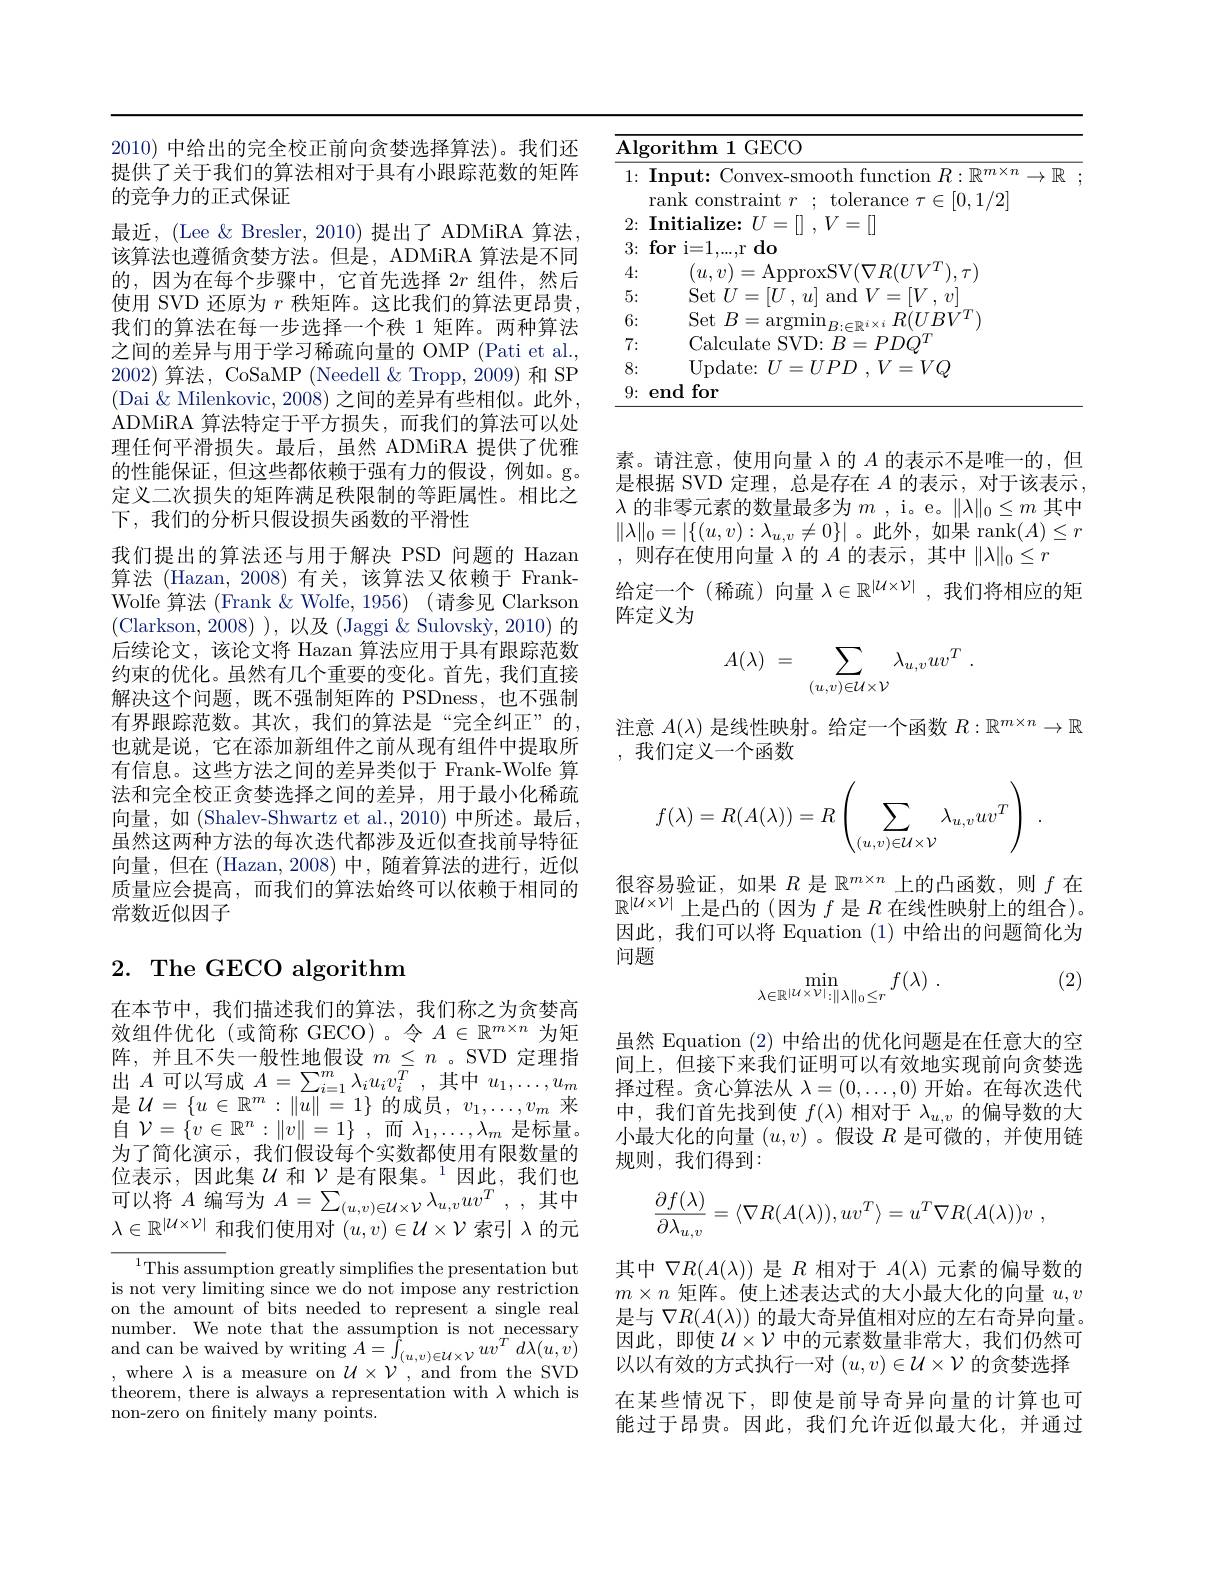
2010)中给出的完全校正前向贪婪选择算法)。我们还提供了关于我们的算法相对于具有小跟踪范数的矩阵的竞争力的正式保证
最近，(Lee & Bresler, 2010) 提出了 ADMiRA 算法该算法也遵循贪婪方法。但是，ADMiRA 算法是不同的，因为在每个步骤中，它首先选择$2r$组件，然后使用 SVD 还原为$r$秩矩阵。这比我们的算法更昂贵， 我们的算法在每一步选择一个秩 1 矩阵。两种算法之间的差异与用于学习稀疏向量的 OMP (Pati et al., 2002)算法，CoSaMP (Needell& Tropp, 2009) 和 SP (Dai $\&$ Milenkovic, 2008) 之间的差异有些相似。此外， ADMiRA 算法特定于平方损失，而我们的算法可以处理任何平滑损失。最后，虽然 ADMiRA 提供了优雅的性能保证，但这些都依赖于强有力的假设，例如。g。定义二次损失的矩阵满足秩限制的等距属性。相比之下，我们的分析只假设损失函数的平滑性
我们提出的算法还与用于解决 PSD 问题的 Hazan 算法 (Hazan, 2008) 有关，该算法又依赖于 FrankWolfe 算法 (Frank $\&$ Wolfe, 1956) (请参见 Clarkson (Clarkson, 2008) ), 以及 (Jaggi & Sulovský, 2010) 的后续论文，该论文将 Hazan 算法应用于具有跟踪范数约束的优化。虽然有几个重要的变化。首先，我们直接解决这个问题，既不强制矩阵的 PSDness,也不强制有界跟踪范数。其次，我们的算法是“完全纠正”的， 也就是说，它在添加新组件之前从现有组件中提取所有信息。这些方法之间的差异类似于 Frank-Wolfe 算法和完全校正贪婪选择之间的差异，用于最小化稀疏向量，如(Shalev-Shwartz et al.,2010)中所述。最后虽然这两种方法的每次迭代都涉及近似查找前导特征向量，但在 (Hazan, 2008) 中，随着算法的进行，近似质量应会提高，而我们的算法始终可以依赖于相同的常数近似因子

# 2. The GECO algorithm

在本节中，我们描述我们的算法，我们称之为贪婪高效组件优化(或简称 GECO)。令$A\in\mathbb{R}^m\times n$为矩阵，并且不失一般性地假设$m\leq n$ 。SVD 定理指出$A$可以写成$A=\sum_i=1^m\lambda_iu_iv_i^T$,其中$u_1,\ldots,u_m$ 是$\mathcal{U}=\{u\in\mathbb{R}^m:\|u\|=1\}$的成员，$v_1,\ldots,v_m$来自$\mathcal{V}=\{v\in\mathbb{R}^n:\|v\|=1\}$,而$\lambda_1,\ldots,\lambda_m$是标量。为了简化演示，我们假设每个实数都使用有限数量的位表示，因此集$U$ 和 $\mathcal{V} \text{ 是 有 限 集 。}^{1}$因此，我们也可以将$A$编写为$A=\sum_(u,v)\in\mathcal{U}\times\mathcal{V}\lambda_{u,v}uv^T,$,其中$\lambda\in\mathbb{R}^{|\mathcal{U}\times\mathcal{V}|}$和我们使用对$(u,v)\in\mathcal{U}\times\mathcal{V}$索引$\lambda$的元

${^{1}\text{This assum}}$ption greatly simplifes the presentation but is not very limiting since we do not impose any restriction on the amount of bits needed to represent a single real number. We note that the assumption is not $\bar{\text{necessary}}_T$ $\begin{array}{c}{\mathrm{and~can~be~waived~by~writing~}A=\int_{(u,v)\in\mathcal{U}\times\mathcal{V}}uv^{T}d\lambda(u,v)}\\{\mathrm{and~can~be~waived~by~writing~}A=\int_{(u,v)\in\mathcal{U}\times\mathcal{V}}uv^{T}d\lambda(u,v)}\end{array}$ , where $\lambda$ is a measure on $\mathcal{U}\times\mathcal{V}$, and from the SVD theorem, there is always a representation with $\lambda$ which is non-zero on fnitely many points.

<table>
	<tbody>
		<tr>
			<td>$\therefore B$ $\Lambda l$ 1 1 1</td>
			<td>$\mathbf{Algorithm~1~GECO}$</td>
			<td> </td>
			<td> </td>
		</tr>
		<tr>
			<td>5: T 1</td>
			<td>5: Set $||T/$ and $|V,v$ $\frac{1}{2}=\frac{1}{2}\frac{1}{2}$ 71. $1V$</td>
			<td> </td>
			<td> </td>
		</tr>
		<tr>
			<td>6: 1 1 1 1 1 1 1 1 1 1 1 1 1</td>
			<td>6: Set $\because R$ $R(T)RV^{T}$</td>
			<td> </td>
			<td> </td>
		</tr>
		<tr>
			<td>7 4 $\bullet$</td>
			<td>7: Calculate SVD:B $PDO$ 二</td>
			<td> </td>
			<td> </td>
		</tr>
		<tr>
			<td>8:</td>
			<td>8: Undate $I$ $I/P/$ $:V(..)$ 二</td>
			<td> </td>
			<td> </td>
		</tr>
		<tr>
			<td>9: 1</td>
			<td>9: end lfor</td>
			<td> </td>
			<td> </td>
		</tr>
	</tbody>
</table>

素。请注意，使用向量$\lambda$的$A$的表示不是唯一的，但是根据 SVD 定理，总是存在 $A$ 的表示，对于该表示， $\lambda$的非零元素的数量最多为$m$ , i。e。$\|\lambda\|_0\leq m$其中$\|\lambda\|_0=|\{(u,v):\lambda_{u,v}\neq0\}|$。此外，如果$\operatorname{rank}(A)\leq r$ ,则存在使用向量$\lambda$的$A$的表示，其中$\|\lambda\|_0\leq r$
给定一个(稀疏)向量$\lambda\in\mathbb{R}^|\mathcal{U}\times\mathcal{V}|$,我们将相应的矩
阵定义为
$$A(\lambda)\:=\:\sum_{(u,v)\in\mathcal{U}\times\mathcal{V}}\lambda_{u,v}uv^T\:.$$
注意$A(\lambda)$是线性映射。给定一个函数$R:\mathbb{R}^m\times n\to\mathbb{R}$
,我们定义一个函数
$$f(\lambda)=R(A(\lambda))=R\left(\sum_{(u,v)\in\mathcal{U}\times\mathcal{V}}\lambda_{u,v}uv^T\right)\:.$$
很容易验证，如果$R$是$\mathbb{R}^m\times n$上的凸函数，则$f$在$\mathbb{R}^{|\mathcal{U}\times\mathcal{V}|}$上是凸的(因为$f$ 是$R$ 在线性映射上的组合)。因此，我们可以将 Equation (1)中给出的问题简化为问题

(2)
$$\min_{\lambda\in\mathbb{R}^{|\mathcal{U}\times\mathcal{V}|}:\|\lambda\|_{0}\leq r}f(\lambda)\:.$$
虽然 Equation (2) 中给出的优化问题是在任意大的空间上，但接下来我们证明可以有效地实现前向贪婪选择过程。贪心算法从$\lambda=(0,\ldots,0)$开始。在每次迭代中，我们首先找到使$f(\lambda)$相对于$\lambda_u,v$的偏导数的大小最大化的向量$(u,v)$ 。假设$R$是可微的，并使用链规则，我们得到：
$$\dfrac{\partial f(\lambda)}{\partial\lambda_{u,v}}=\langle\nabla R(A(\lambda)),uv^T\rangle=u^T\nabla R(A(\lambda))v\:,$$
其中$\nabla R(A(\lambda))$是$R$相对于$A(\lambda)$元素的偏导数的$m\times n$矩阵。使上述表达式的大小最大化的向量$u,v$ 是与$\nabla R(A(\lambda))$的最大奇异值相对应的左右奇异向量。因此，即使$U\times\mathcal{V}$中的元素数量非常大，我们仍然可以以有效的方式执行一对$(u,v)\in\mathcal{U}\times\mathcal{V}$的贪婪选择在某些情况下，即使是前导奇异向量的计算也可能过于昂贵。因此，我们允许近似最大化，并通过